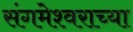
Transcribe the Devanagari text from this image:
संगमेश्वराच्या